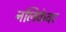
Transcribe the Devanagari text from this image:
नलिकेवर